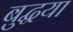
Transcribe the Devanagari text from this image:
बुद्धया